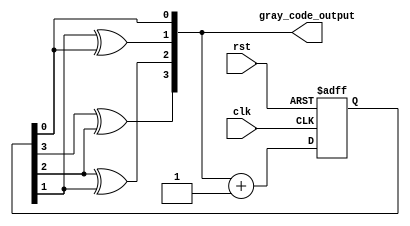
module gray_code_counter (
    input wire clk,
    input wire rst,
    output reg [3:0] gray_code_output
);

reg [3:0] next_gray_code_output;

always @ (posedge clk or posedge rst) begin
    if (rst) begin
        next_gray_code_output <= 4'b0000;
    end else begin
        next_gray_code_output <= gray_code_output + 1;
    end
end

always @ (*) begin
    gray_code_output = {next_gray_code_output[3] ^ next_gray_code_output[2], 
                        next_gray_code_output[2] ^ next_gray_code_output[1], 
                        next_gray_code_output[1] ^ next_gray_code_output[0], 
                        next_gray_code_output[0]};
end

endmodule